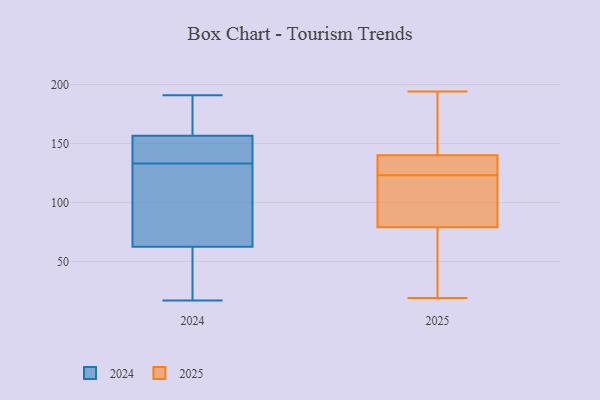
{"axis": {"x": "Shipments", "y": "Value"}, "legend": ["2024", "2025"], "data": [{"x": "", "y": 79, "type": "2025"}, {"x": "", "y": 122, "type": "2025"}, {"x": "", "y": 19, "type": "2025"}, {"x": "", "y": 124, "type": "2025"}, {"x": "", "y": 137, "type": "2025"}, {"x": "", "y": 188, "type": "2025"}, {"x": "", "y": 194, "type": "2025"}, {"x": "", "y": 182, "type": "2025"}, {"x": "", "y": 113, "type": "2025"}, {"x": "", "y": 41, "type": "2025"}, {"x": "", "y": 70, "type": "2025"}, {"x": "", "y": 114, "type": "2025"}, {"x": "", "y": 126, "type": "2025"}, {"x": "", "y": 130, "type": "2025"}, {"x": "", "y": 76, "type": "2025"}, {"x": "", "y": 140, "type": "2025"}, {"x": "", "y": 151, "type": "2025"}, {"x": "", "y": 109, "type": "2025"}, {"x": "", "y": 98, "type": "2024"}, {"x": "", "y": 137, "type": "2024"}, {"x": "", "y": 45, "type": "2024"}, {"x": "", "y": 191, "type": "2024"}, {"x": "", "y": 17, "type": "2024"}, {"x": "", "y": 91, "type": "2024"}, {"x": "", "y": 46, "type": "2024"}, {"x": "", "y": 68, "type": "2024"}, {"x": "", "y": 133, "type": "2024"}, {"x": "", "y": 173, "type": "2024"}, {"x": "", "y": 178, "type": "2024"}, {"x": "", "y": 137, "type": "2024"}, {"x": "", "y": 151, "type": "2024"}]}